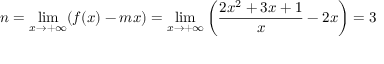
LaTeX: n = \operatorname* { l i m } _ { x \rightarrow + \infty } ( f ( x ) - m x ) = \operatorname* { l i m } _ { x \rightarrow + \infty } \left( { \frac { 2 x ^ { 2 } + 3 x + 1 } { x } } - 2 x \right) = 3